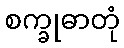
စက္ခုဓာတုံ